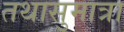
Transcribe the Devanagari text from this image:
तथासुमात्रा